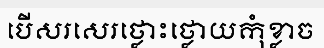
បើសរសេរថ្លោះថ្លោយកុំខ្លាច